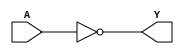
// 74x04 - Hex inverter. Gate 1
module MOD_74x04_1 (
    input A,
    output Y);

assign Y = ~A;

endmodule